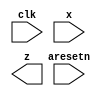
module top_module (
    input clk,
    input aresetn,    // Asynchronous active-low reset
    input x,
    output z ); 

endmodule